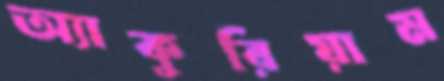
অ্যাকুরিয়াম